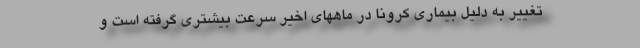
تغییر به دلیل بیماری کرونا در ماههای اخیر سرعت بیشتری گرفته است و